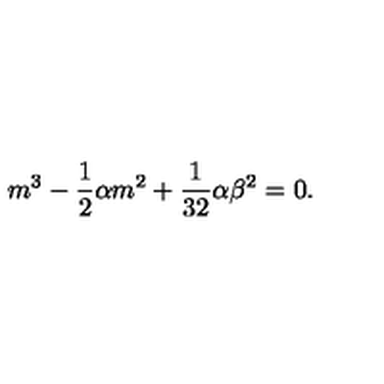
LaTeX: m ^ { 3 } - \frac { 1 } { 2 } \alpha m ^ { 2 } + \frac { 1 } { 3 2 } \alpha \beta ^ { 2 } = 0 .